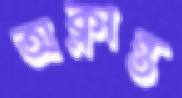
অক্লান্ত